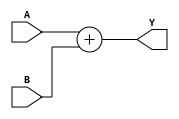
`timescale 1ns / 1ps

module add_two_8bit_buses(

    input [7:0] A,
    input [7:0] B,
    output reg [7:0] Y);
	
    always @(*)
        Y = A + B;

endmodule